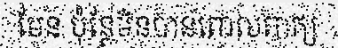
មែន ប៉ុន្តែមិនបានពោលពាក្យ